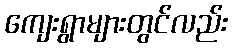
ကျေးရွာများတွင်လည်း